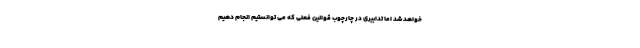
خواهد شد اما تدابیری در چارچوب قوانین فعلی که می توانستیم انجام دهیم